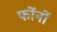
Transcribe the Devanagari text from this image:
फोंनों